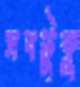
সবটুকু